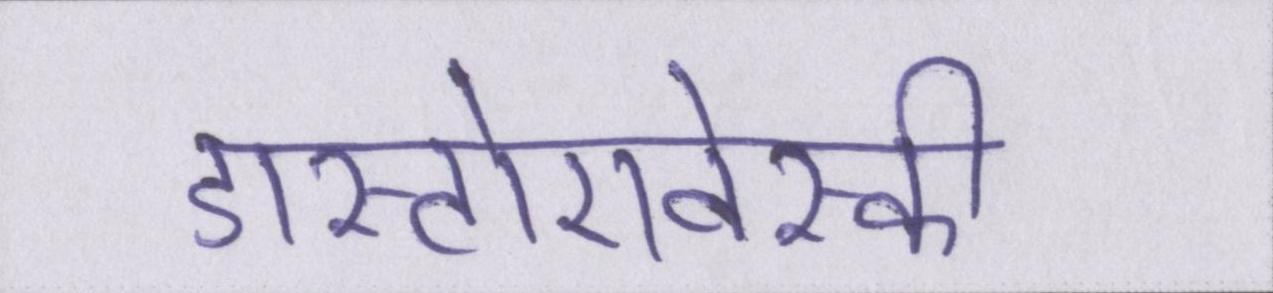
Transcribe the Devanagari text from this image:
डास्टोएवेस्की